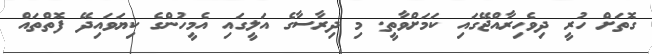
ގޮތަށް ހުރީ ދިވެހިރާއްޖޭގައި ކަމަށްވާތީ. މި ދިރާސާގެ އަލީގައި އެމީހުންގެ ކިޔަވައިދޭ ފޮތްތައް